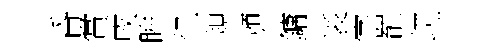
昏賞戌眸忆規頒鏞裘字罷屼